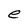
Character: e